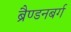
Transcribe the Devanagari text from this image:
ब्रैण्डनबर्ग